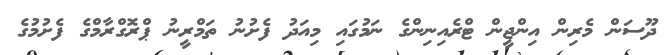
ދޫސަން މެރިން އިންޖީން ޓްރެއިނިންގެ ނަމުގައި މިއަދު ފެށުނު ތަމްރީނު ޕްރޮގްރާމްގެ ފެށުމުގެ